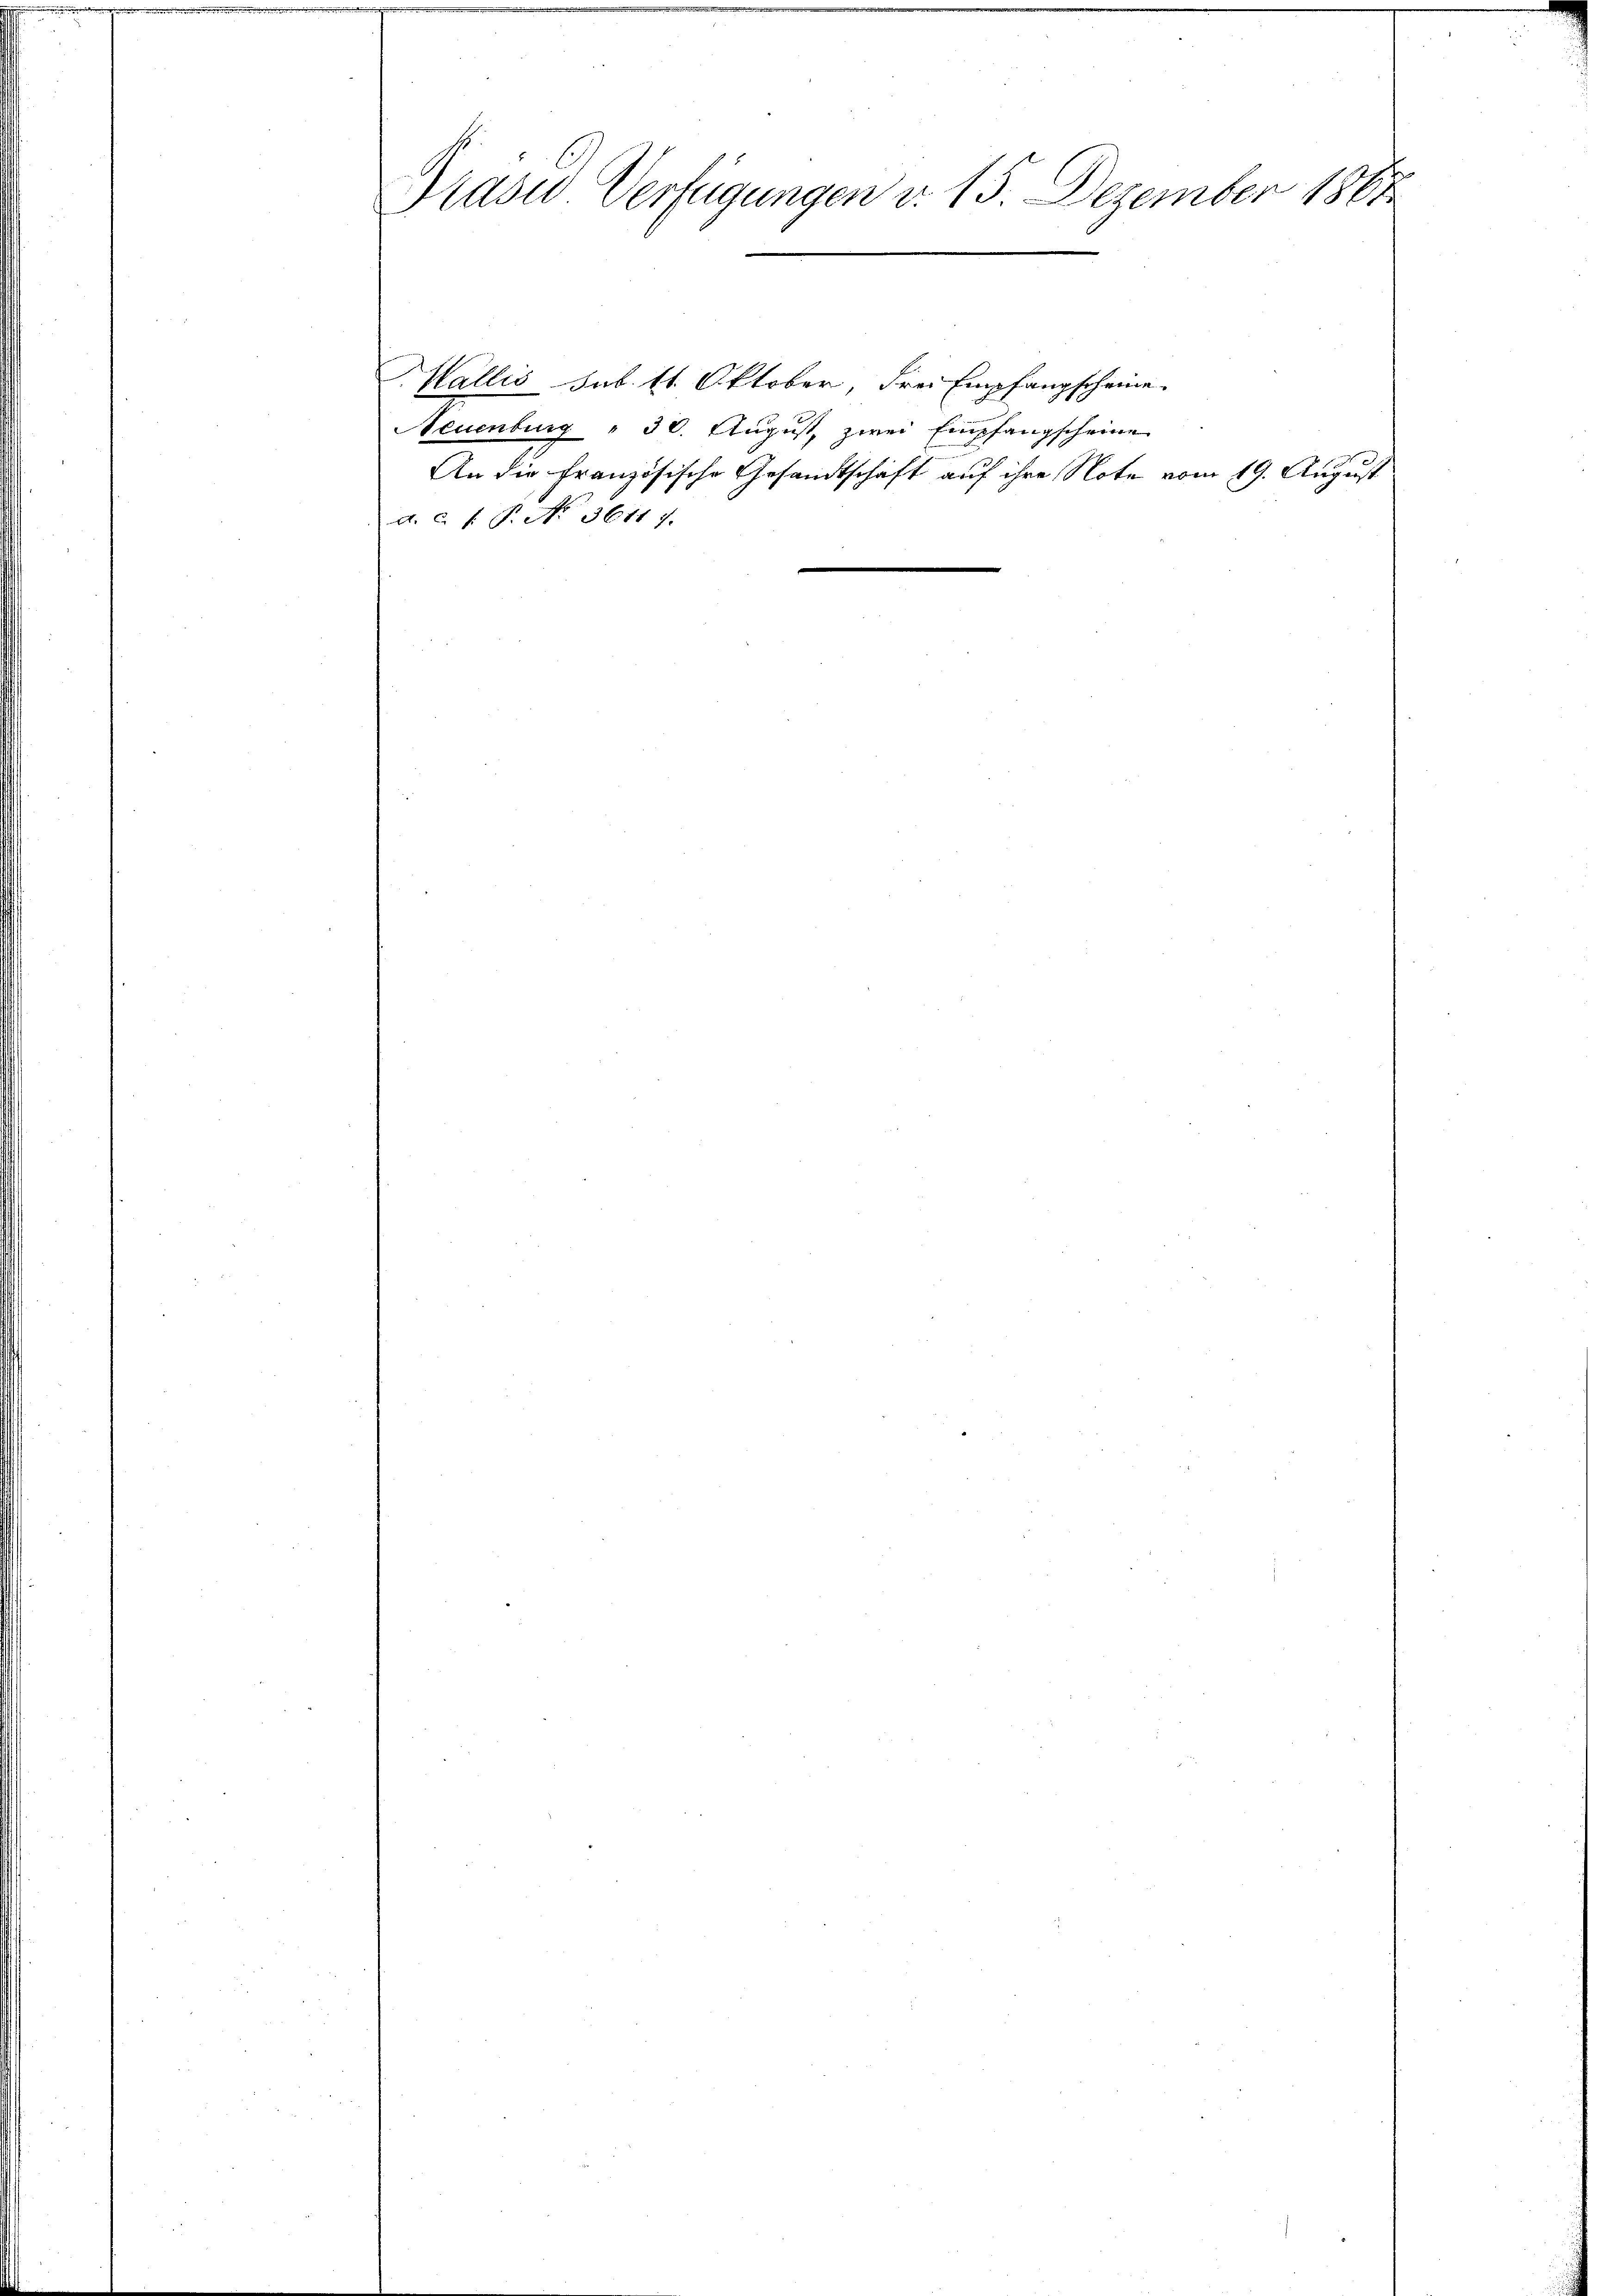
Präsid. Verfügungen d. 15. Dezember 1888

Wallis sub. 11. Oktober drei Empfangscheine
Teuenburg " 30. August, zwei Empfangscheine
d. c. f. P. No. 36117.

An die Französische Gesandtschaft auf ihre Note vom 19. August